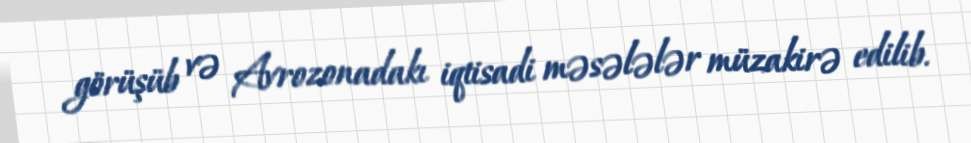
görüşüb və Avrozonadakı iqtisadi məsələlər müzakirə edilib.